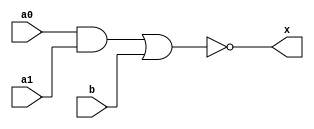

// Ordinary 2-and to or inverted (AOI-21)
module aoi (a0, a1, b, x);

	input a0;
	input a1;
	input b;
	output x;

	nor (x, a0 & a1, b);

endmodule // aoi

// 2-and to 3-or inverted (AOI-211)
module aoi211 (a0, a1, b, c, x);

	input a0;
	input a1;
	input b;
	input c;
	output x;

	nor (x, a0 & a1, b, c);

endmodule // aoi